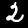
Digit: 2